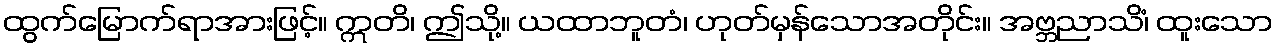
ထွက်မြောက်ရာအားဖြင့်။ ဣတိ၊ ဤသို့။ ယထာဘူတံ၊ ဟုတ်မှန်သောအတိုင်း။ အဗ္ဘညာသိံ၊ ထူးသော